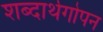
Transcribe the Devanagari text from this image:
शब्दार्थगोपन